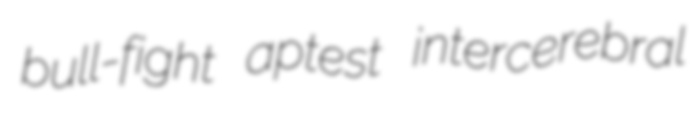
bull-fight aptest intercerebral